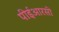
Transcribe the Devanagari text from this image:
पीईआरसी